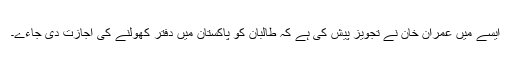
ایسے میں عمران خان نے تجویز پیش کی ہے کہ طالبان کو پاکستان میں دفتر کھولنے کی اجازت دی جاءے۔